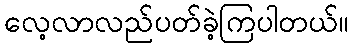
လေ့လာလည်ပတ်ခဲ့ကြပါတယ်။